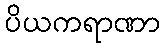
ပိယကရာဏာ